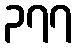
၃၇၇